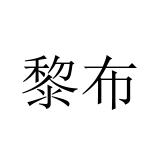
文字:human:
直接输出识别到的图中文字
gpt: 黎布